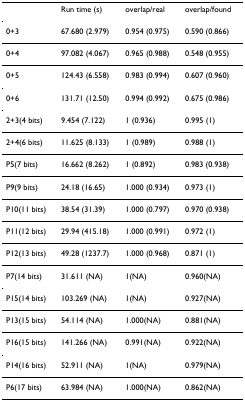
<table><thead><tr><td>[EMPTY_CELL]</td><td><b>Run time (s)</b></td><td><b>overlap/real</b></td><td><b>overlap/found</b></td></tr></thead><tbody><tr><td>0+3</td><td>67.680 (2.979)</td><td>0.954 (0.975)</td><td>0.590 (0.866)</td></tr><tr><td>0+4</td><td>97.082 (4.067)</td><td>0.965 (0.988)</td><td>0.548 (0.955)</td></tr><tr><td>0+5</td><td>124.43 (6.558)</td><td>0.983 (0.994)</td><td>0.607 (0.960)</td></tr><tr><td>0+6</td><td>131.71 (12.50)</td><td>0.994 (0.992)</td><td>0.675 (0.986)</td></tr><tr><td>2+3(4 bits)</td><td>9.454 (7.122)</td><td>1 (0.936)</td><td>0.995 (1)</td></tr><tr><td>2+4(6 bits)</td><td>11.625 (8.133)</td><td>1 (0.989)</td><td>0.988 (1)</td></tr><tr><td>P5(7 bits)</td><td>16.662 (8.262)</td><td>1 (0.892)</td><td>0.983 (0.938)</td></tr><tr><td>P9(9 bits)</td><td>24.18 (16.65)</td><td>1.000 (0.934)</td><td>0.973 (1)</td></tr><tr><td>P10(11 bits)</td><td>38.54 (31.39)</td><td>1.000 (0.797)</td><td>0.970 (0.938)</td></tr><tr><td>P11(12 bits)</td><td>29.94 (415.18)</td><td>1.000 (0.991)</td><td>0.972 (1)</td></tr><tr><td>P12(13 bits)</td><td>49.28 (1237.7)</td><td>1.000 (0.968)</td><td>0.871 (1)</td></tr><tr><td>P7(14 bits)</td><td>31.611 (NA)</td><td>1(NA)</td><td>0.960(NA)</td></tr><tr><td>P15(14 bits)</td><td>103.269 (NA)</td><td>1(NA)</td><td>0.927(NA)</td></tr><tr><td>P13(15 bits)</td><td>54.114 (NA)</td><td>1.000(NA)</td><td>0.881(NA)</td></tr><tr><td>P16(15 bits)</td><td>141.266 (NA)</td><td>0.991(NA)</td><td>0.922(NA)</td></tr><tr><td>P14(16 bits)</td><td>52.911 (NA)</td><td>1(NA)</td><td>0.979(NA)</td></tr><tr><td>P6(17 bits)</td><td>63.984 (NA)</td><td>1.000(NA)</td><td>0.862(NA)</td></tr></tbody></table>